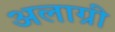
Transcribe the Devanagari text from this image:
अलाग्री